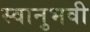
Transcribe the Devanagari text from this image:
स्वानुभवी